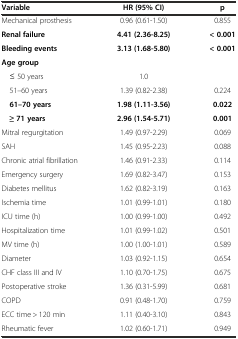
<table><thead><tr><td><b>Variable</b></td><td><b>HR (95% CI)</b></td><td><b>p</b></td></tr></thead><tbody><tr><td>Mechanical prosthesis</td><td>0.96 (0.61-1.50)</td><td>0.855</td></tr><tr><td><b>Renal failure</b></td><td><b>4.41 (2.36-8.25)</b></td><td><b>&lt; 0.001</b></td></tr><tr><td><b>Bleeding events</b></td><td><b>3.13 (1.68-5.80)</b></td><td><b>&lt; 0.001</b></td></tr><tr><td><b>Age group</b></td><td></td><td></td></tr><tr><td>≤ 50 years</td><td>1.0</td><td></td></tr><tr><td>51–60 years</td><td>1.39 (0.82-2.38)</td><td>0.224</td></tr><tr><td><b>61–70 years</b></td><td><b>1.98 (1.11-3.56)</b></td><td><b>0.022</b></td></tr><tr><td><b>≥ 71 years</b></td><td><b>2.96 (1.54-5.71)</b></td><td><b>0.001</b></td></tr><tr><td>Mitral regurgitation</td><td>1.49 (0.97-2.29)</td><td>0.069</td></tr><tr><td>SAH</td><td>1.45 (0.95-2.23)</td><td>0.088</td></tr><tr><td>Chronic atrial fibrillation</td><td>1.46 (0.91-2.33)</td><td>0.114</td></tr><tr><td>Emergency surgery</td><td>1.69 (0.82-3.47)</td><td>0.153</td></tr><tr><td>Diabetes mellitus</td><td>1.62 (0.82-3.19)</td><td>0.163</td></tr><tr><td>Ischemia time</td><td>1.01 (0.99-1.01)</td><td>0.180</td></tr><tr><td>ICU time (h)</td><td>1.00 (0.99-1.00)</td><td>0.492</td></tr><tr><td>Hospitalization time</td><td>1.01 (0.99-1.02)</td><td>0.501</td></tr><tr><td>MV time (h)</td><td>1.00 (1.00-1.01)</td><td>0.589</td></tr><tr><td>Diameter</td><td>1.03 (0.92-1.15)</td><td>0.654</td></tr><tr><td>CHF class III and IV</td><td>1.10 (0.70-1.75)</td><td>0.675</td></tr><tr><td>Postoperative stroke</td><td>1.36 (0.31-5.99)</td><td>0.681</td></tr><tr><td>COPD</td><td>0.91 (0.48-1.70)</td><td>0.759</td></tr><tr><td>ECC time &gt; 120 min</td><td>1.11 (0.40-3.10)</td><td>0.843</td></tr><tr><td>Rheumatic fever</td><td>1.02 (0.60-1.71)</td><td>0.949</td></tr></tbody></table>